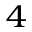
_ 4